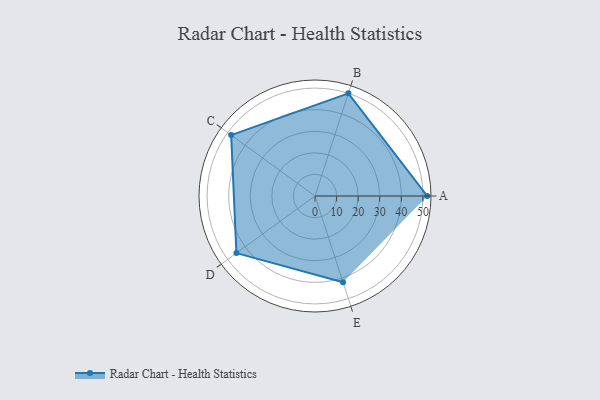
{"axis": {"x": "Skill", "y": "Score"}, "legend": ["Profile"], "data": [{"x": "A", "y": 52.0, "type": "Profile"}, {"x": "B", "y": 50.0, "type": "Profile"}, {"x": "C", "y": 48.0, "type": "Profile"}, {"x": "D", "y": 45.0, "type": "Profile"}, {"x": "E", "y": 42.0, "type": "Profile"}]}